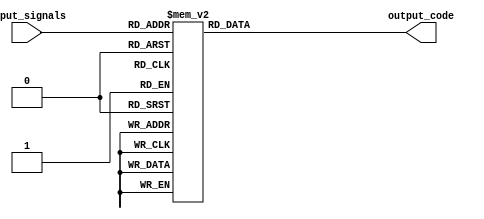
module priority_encoder (
    input [2:0] input_signals,
    output reg [1:0] output_code
);

always @*
begin
    case(input_signals)
        3'b000: output_code <= 2'b00;
        3'b001: output_code <= 2'b01;
        3'b010: output_code <= 2'b01;
        3'b011: output_code <= 2'b10;
        3'b100: output_code <= 2'b00;
        3'b101: output_code <= 2'b01;
        3'b110: output_code <= 2'b10;
        3'b111: output_code <= 2'b11;
        default: output_code <= 2'b00;
    endcase
end

endmodule